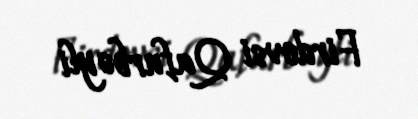
Firdovsi Qafurbəyli